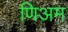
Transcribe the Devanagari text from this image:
णिअम